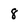
Character: 8